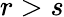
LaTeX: r>s